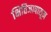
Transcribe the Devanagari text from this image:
क्षितिजापासून